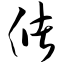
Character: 储